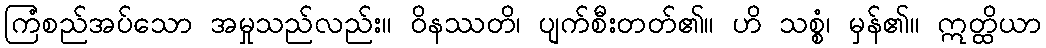
ကြံစည်အပ်သော အမှုသည်လည်း။ ဝိနဿတိ၊ ပျက်စီးတတ်၏။ ဟိ သစ္စံ၊ မှန်၏။ ဣတ္ထိယာ